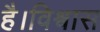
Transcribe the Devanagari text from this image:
है।विश्वास